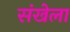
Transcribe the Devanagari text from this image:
संखेला